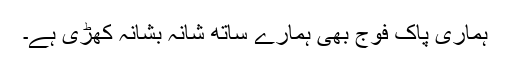
ہماری پاک فوج بھی ہمارے ساتھ شانہ بشانہ کھڑی ہے۔